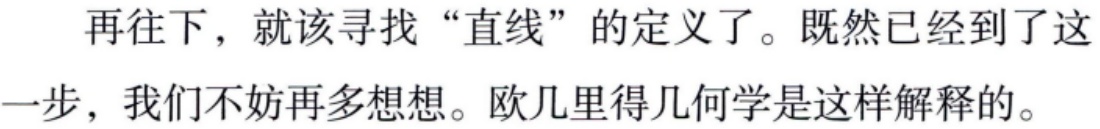
再往下，就该寻找“直线”的定义了。既然已经到了这一步，我们不妨再多想想。欧几里得几何学是这样解释的。